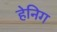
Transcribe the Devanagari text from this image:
हेनिग